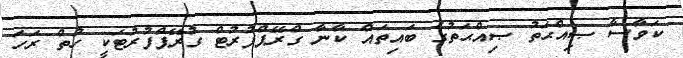
ކަވާސާ ޞިއްޙަތު ޞިއްޙަތުގެ ބައިތައް ކާނާ ގްރޭޕްފުރުޓް ގުރޭޕްފުރުޓަކީ ހުތް ރަހަ